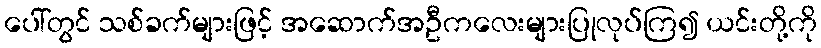
ပေါ်တွင် သစ်ခက်များဖြင့် အဆောက်အဦကလေးများပြုလုပ်ကြ၍ ယင်းတို့ကို